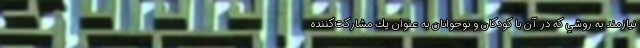
نيازمند به روشي كه در آن با كودكان و نوجوانان به عنوان يك مشاركت‌كننده